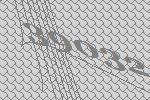
39032